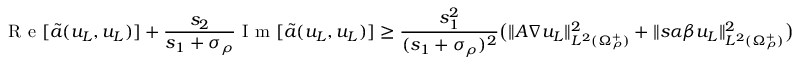
\textnormal { R e } [ \tilde { a } ( u _ { L } , u _ { L } ) ] + \frac { s _ { 2 } } { s _ { 1 } + \sigma _ { \rho } } \textnormal { I m } [ \tilde { a } ( u _ { L } , u _ { L } ) ] \geq \frac { s _ { 1 } ^ { 2 } } { ( s _ { 1 } + \sigma _ { \rho } ) ^ { 2 } } \big ( \| A \nabla u _ { L } \| _ { L ^ { 2 } ( \Omega _ { \rho } ^ { + } ) } ^ { 2 } + \| s \alpha \beta u _ { L } \| _ { L ^ { 2 } ( \Omega _ { \rho } ^ { + } ) } ^ { 2 } \big )